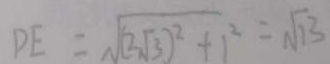
D E = \sqrt { ( 2 \sqrt { 3 } ) ^ { 2 } + 1 ^ { 2 } } = \sqrt { 1 3 }